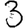
Digit: 3